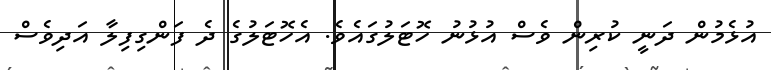
އުޅެމުން ދަނީ ކުރިން ވެސް އުޅުނު ހޮޓަލުގައެވެ. އެހޮޓަލުގެ ދެ ފަންގިފިލާ އަދިވެސް